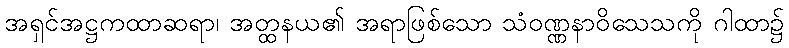
အရှင်အဋ္ဌကထာဆရာ၊ အတ္ထနယ၏ အရာဖြစ်သော သံဝဏ္ဏနာဝိသေသကို ဂါထာ၌